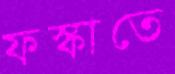
ফস্‌কাতে